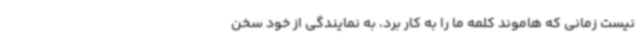
نیست زمانی که هاموند کلمه ما را به کار برد، به نمایندگی از خود سخن